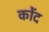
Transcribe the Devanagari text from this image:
कोंद